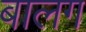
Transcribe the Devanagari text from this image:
बालग